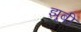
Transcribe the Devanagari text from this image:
झूबी